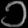
Digit: ၁